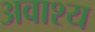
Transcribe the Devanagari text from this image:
अवाश्य